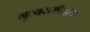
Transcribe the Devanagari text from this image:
नृत्यसमीक्षक